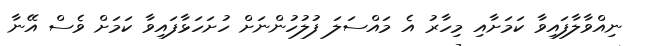
ނިއްވާލާފައިވާ ކަމަށާއި މިހާރު އެ މައްސަލަ ފުލުހުންނަށް ހުށަހަޅާފައިވާ ކަމަށް ވެސް އޭނާ